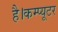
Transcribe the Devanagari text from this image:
है।कम्प्यूटर